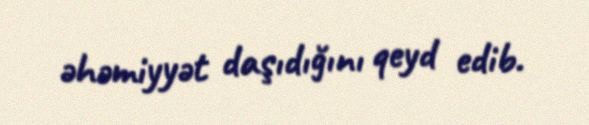
əhəmiyyət daşıdığını qeyd edib.